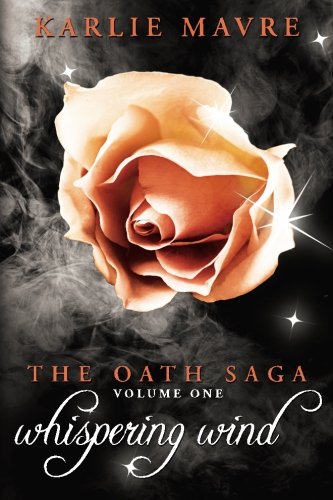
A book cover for The Oath Saga: Whispering Wind (Volume 1); Karlie Mavre; Science Fiction & Fantasy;